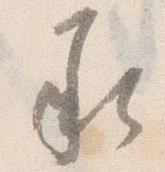
承